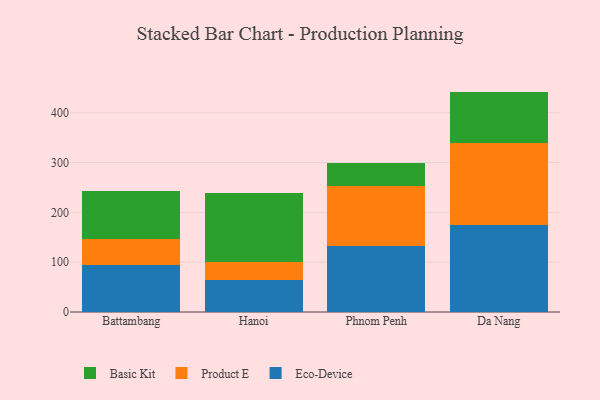
{"axis": {"x": "City", "y": "Shipments"}, "legend": ["Basic Kit", "Eco-Device", "Product E"], "data": [{"x": "Battambang", "y": 94.9, "type": "Eco-Device"}, {"x": "Battambang", "y": 51.3, "type": "Product E"}, {"x": "Battambang", "y": 96.1, "type": "Basic Kit"}, {"x": "Hanoi", "y": 64.2, "type": "Eco-Device"}, {"x": "Hanoi", "y": 36.2, "type": "Product E"}, {"x": "Hanoi", "y": 138.9, "type": "Basic Kit"}, {"x": "Phnom Penh", "y": 133.3, "type": "Eco-Device"}, {"x": "Phnom Penh", "y": 119.1, "type": "Product E"}, {"x": "Phnom Penh", "y": 45.7, "type": "Basic Kit"}, {"x": "Da Nang", "y": 175.2, "type": "Eco-Device"}, {"x": "Da Nang", "y": 164.8, "type": "Product E"}, {"x": "Da Nang", "y": 102.4, "type": "Basic Kit"}]}